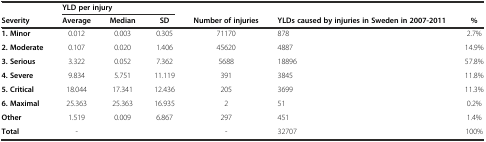
<table><thead><tr><td>[EMPTY_CELL]</td><td colspan="3"><b>YLD per injury</b></td><td>[EMPTY_CELL]</td><td>[EMPTY_CELL]</td><td>[EMPTY_CELL]</td></tr><tr><td><b>Severity</b></td><td><b>Average</b></td><td><b>Median</b></td><td><b>SD</b></td><td><b>Number of injuries</b></td><td><b>YLDs caused by injuries in Sweden in 2007-2011</b></td><td><b>%</b></td></tr></thead><tbody><tr><td><b>1. Minor</b></td><td>0.012</td><td>0.003</td><td>0.305</td><td>71170</td><td>878</td><td>2.7%</td></tr><tr><td><b>2. Moderate</b></td><td>0.107</td><td>0.020</td><td>1.406</td><td>45620</td><td>4887</td><td>14.9%</td></tr><tr><td><b>3. Serious</b></td><td>3.322</td><td>0.052</td><td>7.362</td><td>5688</td><td>18896</td><td>57.8%</td></tr><tr><td><b>4. Severe</b></td><td>9.834</td><td>5.751</td><td>11.119</td><td>391</td><td>3845</td><td>11.8%</td></tr><tr><td><b>5. Critical</b></td><td>18.044</td><td>17.341</td><td>12.436</td><td>205</td><td>3699</td><td>11.3%</td></tr><tr><td><b>6. Maximal</b></td><td>25.363</td><td>25.363</td><td>16.935</td><td>2</td><td>51</td><td>0.2%</td></tr><tr><td><b>Other</b></td><td>1.519</td><td>0.009</td><td>6.867</td><td>297</td><td>451</td><td>1.4%</td></tr><tr><td><b>Total</b></td><td>-</td><td>[EMPTY_CELL]</td><td>[EMPTY_CELL]</td><td>-</td><td>32707</td><td>100%</td></tr></tbody></table>